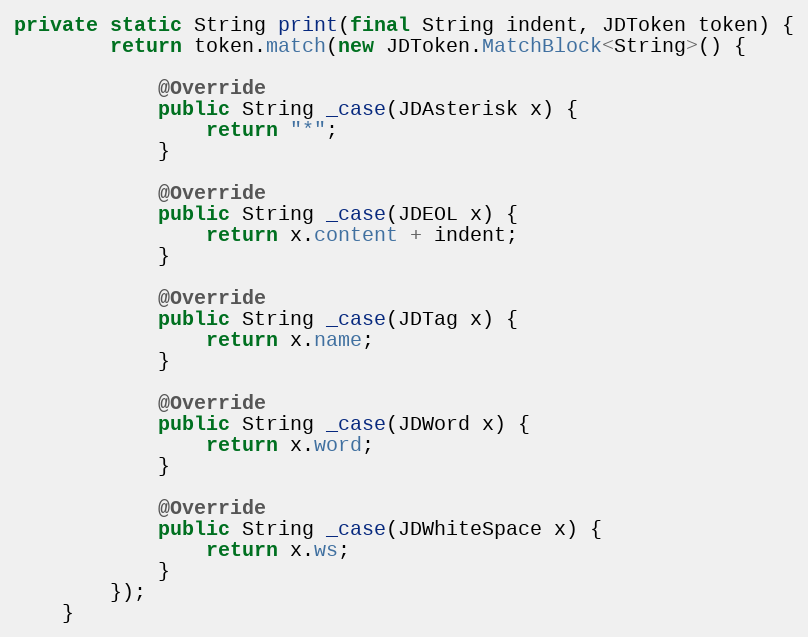
Language: Java
private static String print(final String indent, JDToken token) {
        return token.match(new JDToken.MatchBlock<String>() {

            @Override
            public String _case(JDAsterisk x) {
                return "*";
            }

            @Override
            public String _case(JDEOL x) {
                return x.content + indent;
            }

            @Override
            public String _case(JDTag x) {
                return x.name;
            }

            @Override
            public String _case(JDWord x) {
                return x.word;
            }

            @Override
            public String _case(JDWhiteSpace x) {
                return x.ws;
            }
        });
    }